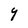
Character: 9